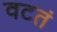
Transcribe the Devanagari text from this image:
वटतं